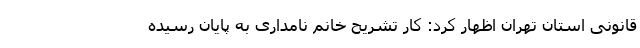
قانونی استان تهران اظهار کرد: کار تشریح خانم نامداری به پایان رسیده